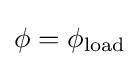
\phi =\phi _{\text{load}}